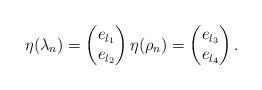
LaTeX: \begin{align*} \eta(\lambda_n)=\begin{pmatrix} e_{l_1}\\ e_{l_2} \end{pmatrix} \eta(\rho_n)= \begin{pmatrix} e_{l_3}\\ e_{l_4} \end{pmatrix}. \end{align*}